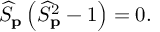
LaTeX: \widehat { S } _ { { \bf p } } \left( \widehat { S } _ { { \bf p } } ^ { 2 } - 1 \right) = 0 .